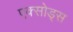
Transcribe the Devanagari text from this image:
एक्सोड्स